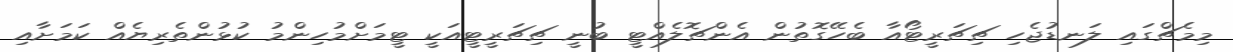
މިމެޗްގައި ލަނޑުޖެހި ޗިޗަރީޓޯއާ ބެހޭގޮތުން އެންޗޮލެއްޓީ ބުނީ ޗިޗަރީޓީއަކީ ޓީމަށްމުހިންމު ކުޅުންތެރިޔެއް ކަމަށާއި